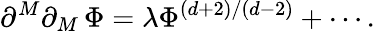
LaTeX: \partial^{M}\partial_{M}\, \Phi=\lambda\Phi^{\left(d+2\right)/\left(d-2\right)}+\cdots.